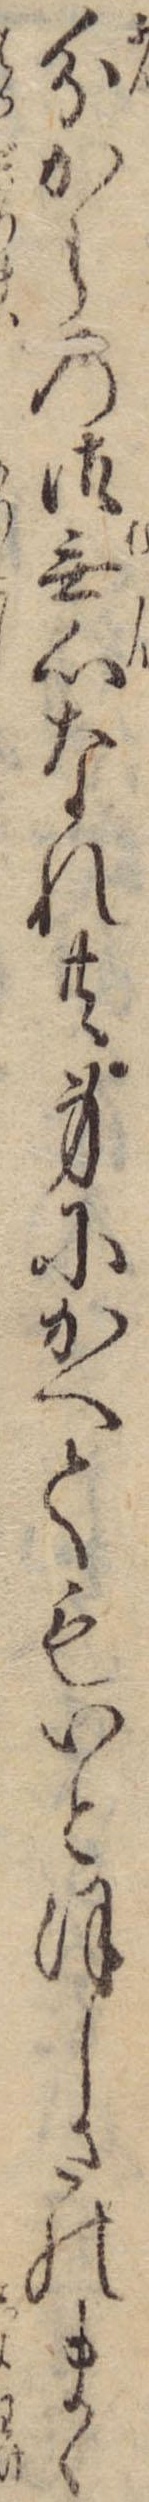
分からの御無心なれ共身にかへてもいとほしさのまゝ